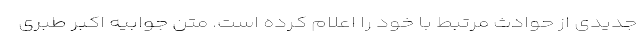
جدیدی از حوادث مرتبط با خود را اعلام کرده است. متن جوابیه اکبر طبری